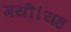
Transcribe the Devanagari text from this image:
गयी।यह